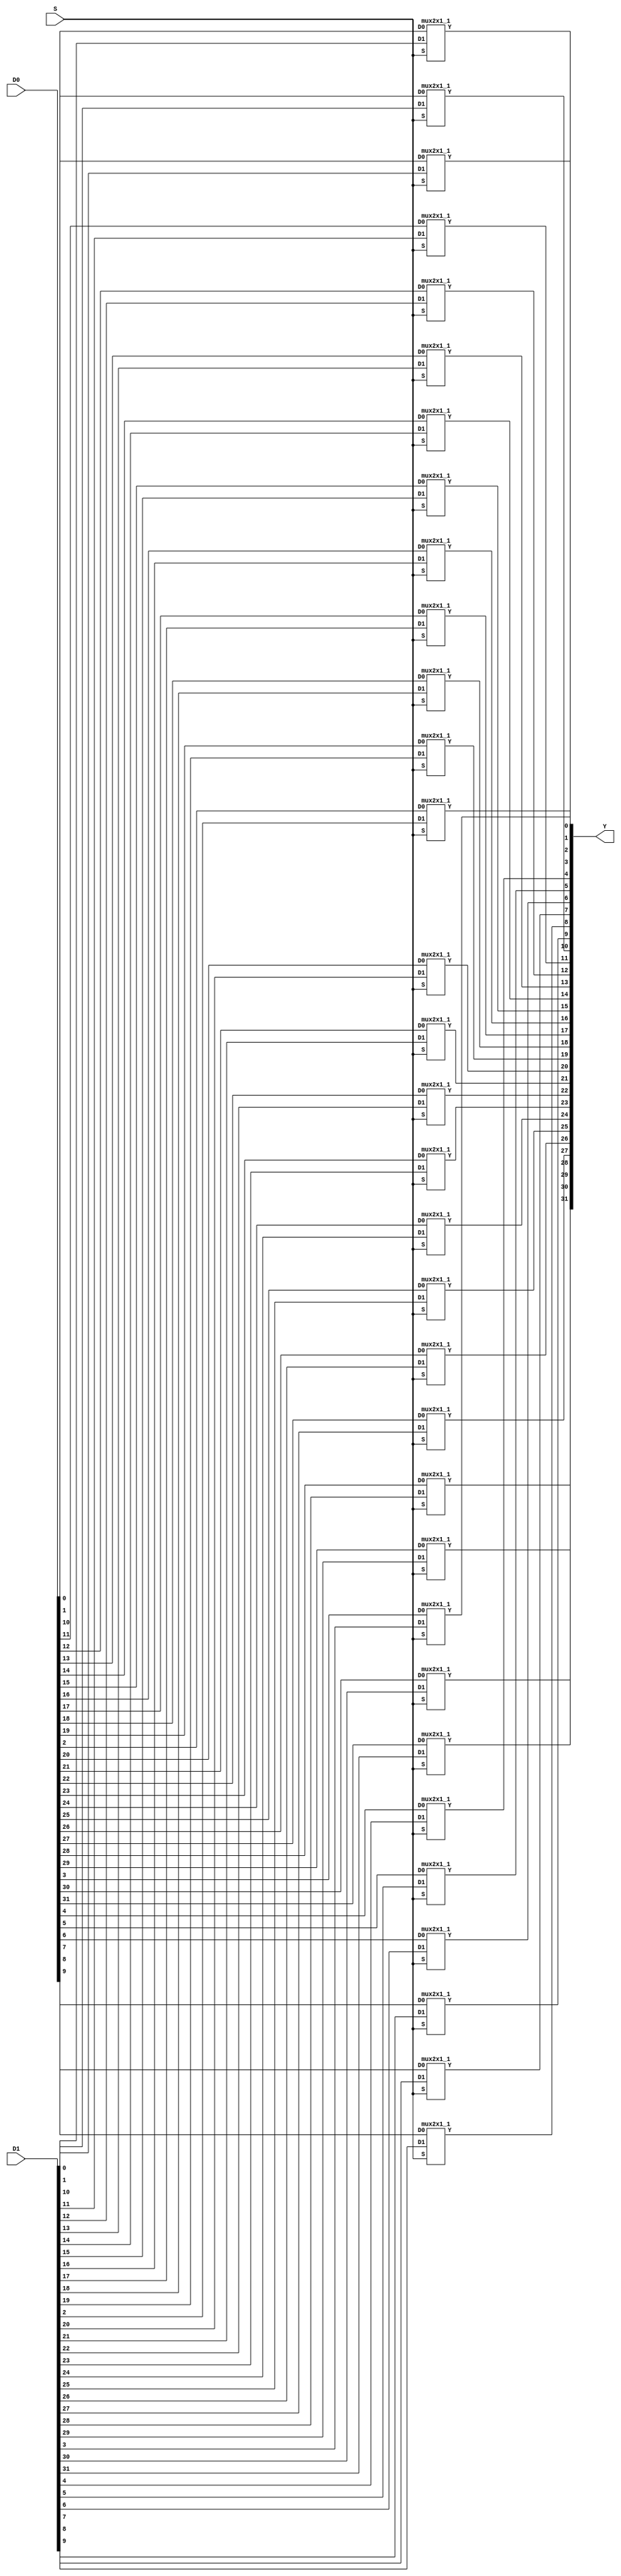
// `include "main\mux2x1_1.v"

//bit wise
// S Write Register
module mux2x1_32( Y,D0, D1, S);
output [31:0] Y; // Address Out
input [31:0] D0, D1; // Address In 1 and 2
input S;
mux2x1_1 mux0(Y[0],D0[0],D1[0],S);
mux2x1_1 mux1(Y[1],D0[1],D1[1],S);
mux2x1_1 mux2(Y[2],D0[2],D1[2],S);
mux2x1_1 mux3(Y[3],D0[3],D1[3],S);
mux2x1_1 mux4(Y[4],D0[4],D1[4],S);
mux2x1_1 mux5(Y[5],D0[5],D1[5],S);
mux2x1_1 mux6(Y[6],D0[6],D1[6],S);
mux2x1_1 mux7(Y[7],D0[7],D1[7],S);
mux2x1_1 mux8(Y[8],D0[8],D1[8],S);
mux2x1_1 mux9(Y[9],D0[9],D1[9],S);
mux2x1_1 mux10(Y[10],D0[10],D1[10],S);
mux2x1_1 mux11(Y[11],D0[11],D1[11],S);
mux2x1_1 mux12(Y[12],D0[12],D1[12],S);
mux2x1_1 mux13(Y[13],D0[13],D1[13],S);
mux2x1_1 mux14(Y[14],D0[14],D1[14],S);
mux2x1_1 mux15(Y[15],D0[15],D1[15],S);
mux2x1_1 mux16(Y[16],D0[16],D1[16],S);
mux2x1_1 mux17(Y[17],D0[17],D1[17],S);
mux2x1_1 mux18(Y[18],D0[18],D1[18],S);
mux2x1_1 mux19(Y[19],D0[19],D1[19],S);
mux2x1_1 mux20(Y[20],D0[20],D1[20],S);
mux2x1_1 mux21(Y[21],D0[21],D1[21],S);
mux2x1_1 mux22(Y[22],D0[22],D1[22],S);
mux2x1_1 mux23(Y[23],D0[23],D1[23],S);
mux2x1_1 mux24(Y[24],D0[24],D1[24],S);
mux2x1_1 mux25(Y[25],D0[25],D1[25],S);
mux2x1_1 mux26(Y[26],D0[26],D1[26],S);
mux2x1_1 mux27(Y[27],D0[27],D1[27],S);
mux2x1_1 mux28(Y[28],D0[28],D1[28],S);
mux2x1_1 mux29(Y[29],D0[29],D1[29],S);
mux2x1_1 mux30(Y[30],D0[30],D1[30],S);
mux2x1_1 mux31(Y[31],D0[31],D1[31],S);

endmodule

module mux2x1_1(Y, D0, D1, S);

//Y = D0.S + D1.S

output Y;
input D0, D1, S;
wire T1, T2, Sbar;

assign T1 = D1&S;
assign T2 = D0&Sbar;
assign Sbar = ~S;
assign Y = T1|T2;


endmodule

//bit wise
// S Write Register
module mux2x1_5( Y,D0, D1, S);
output [4:0] Y; // Address Out
input [4:0] D0, D1; // Address In 1 and 2
input S;
mux2x1_1 mux0(Y[0],D0[0],D1[0],S);
mux2x1_1 mux1(Y[1],D0[1],D1[1],S);
mux2x1_1 mux2(Y[2],D0[2],D1[2],S);
mux2x1_1 mux3(Y[3],D0[3],D1[3],S);
mux2x1_1 mux4(Y[4],D0[4],D1[4],S);
endmodule